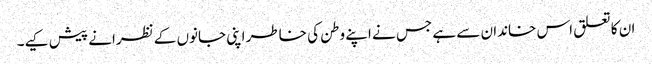
ان کا تعلق اس خاندان سے ہے جس نے اپنے وطن کی خاطر اپنی جانوں کے نظرانے پیش کیے۔